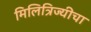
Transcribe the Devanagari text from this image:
मिलित्रिज्यीचा